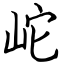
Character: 岮